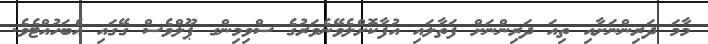
މާމަ ދަރިންނަށާއި ތިއަ ދަރިންނަށް ފަތާލައި އުފާކޮށްލެވޭނެވަރުގެ ސްވިމިންގ ޕޫލްވެސް ގޭގައި އެބަހުއްޓެވެ.